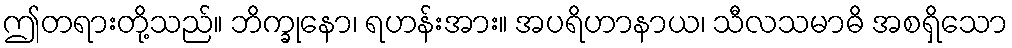
ဤတရားတို့သည်။ ဘိက္ခုနော၊ ရဟန်းအား။ အပရိဟာနာယ၊ သီလသမာဓိ အစရှိသော